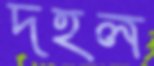
দহল